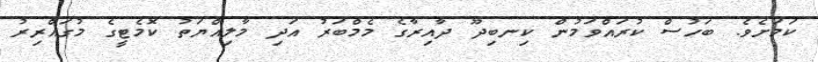
ކަމަށެވެ. ބަހުސް ކުރައްވަމުން ކިނބިދޫ ދާއިރާގެ މެމްބަރު އަދި މާލިއްޔަތު ކޮމެޓީގެ މުގައްރިރު